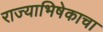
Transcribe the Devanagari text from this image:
राज्याभिषेकाचा